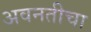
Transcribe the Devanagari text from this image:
अवनतीचा